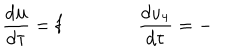
LaTeX: \frac { d \mathbf { u } } { d \tau } = \mathbf { f } \qquad \qquad \frac { d u _ { 4 } } { d \tau } = -